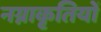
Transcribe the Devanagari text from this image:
नग्नाकृतियों